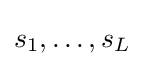
s_{1},\ldots ,s_{L}